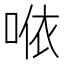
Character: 𠵱